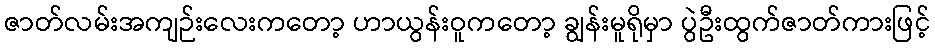
ဇာတ်လမ်းအကျဉ်းလေးကတော့ ဟာယွန်းဝူကတော့ ချွန်းမူရိုမှာ ပွဲဦးထွက်ဇာတ်ကားဖြင့်